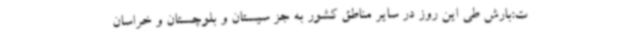
ت:بارش طی این روز در سایر مناطق کشور به جز سیستان و بلوچستان و خراسان